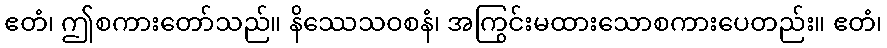
ဧတံ၊ ဤစကားတော်သည်။ နိဿေသဝစနံ၊ အကြွင်းမထားသောစကားပေတည်း။ ဧတံ၊